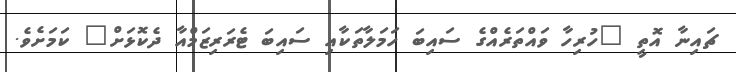
ޗައިނާ އޮތީ "ހުރިހާ ވައްތަރެއްގެ ސައިބަ ހަމަލާތަކާއި ސައިބަ ޓެރަރިޒަމްއާ ދެކޮޅަށް" ކަމަށެވެ.